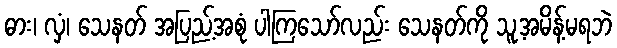
ဓား၊ လှံ၊ သေနတ် အပြည့်အစုံ ပါကြသော်လည်း သေနတ်ကို သူ့အမိန့်မရဘဲ